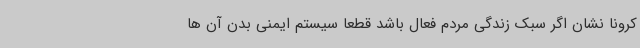
کرونا نشان اگر سبک زندگی مردم فعال باشد قطعا سیستم ایمنی بدن آن ها